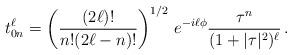
LaTeX: \begin{align*} t^\ell_{0n} = \left(\frac{(2\ell)!} {n!{(2\ell-n)!}}\right)^{1/2}\, e^{-i\ell\phi} \frac{\tau^n}{(1+|\tau|^2)^\ell}\,.\end{align*}